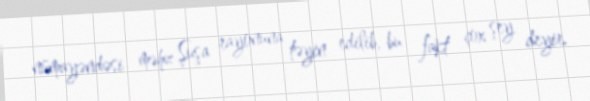
nümayəndəsi məhz Şuşa rayonuna təyin edilib, bu fakt çox şey deyir.